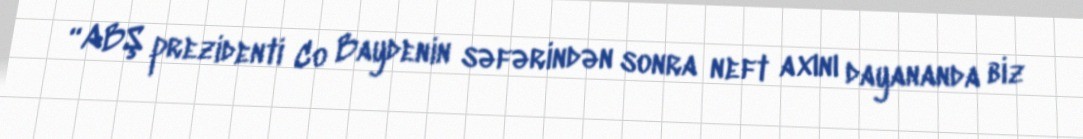
“ABŞ prezidenti Co Baydenin səfərindən sonra neft axını dayananda biz